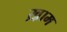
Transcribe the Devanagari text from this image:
ख़़ाम